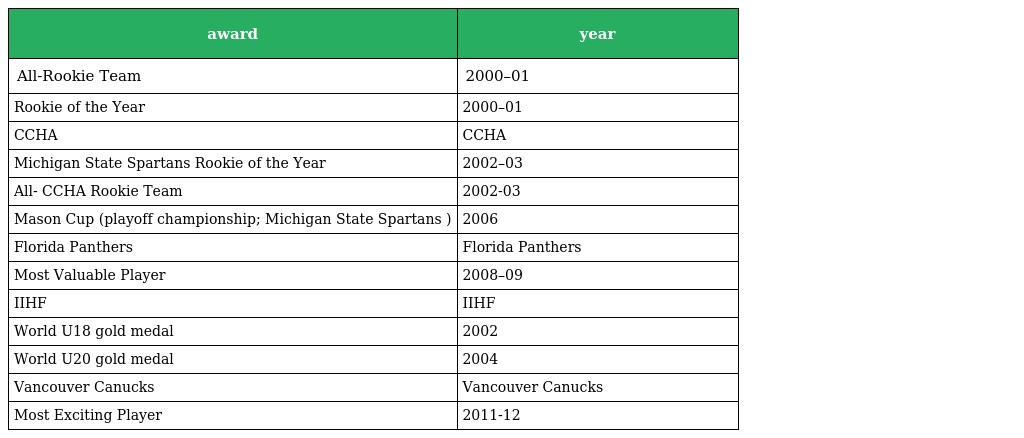
| award | year |
 | --- | --- |
 | All-Rookie Team | 2000–01 |
 | Rookie of the Year | 2000–01 |
 | CCHA | CCHA |
 | Michigan State Spartans Rookie of the Year | 2002–03 |
 | All- CCHA Rookie Team | 2002-03 |
 | Mason Cup (playoff championship; Michigan State Spartans ) | 2006 |
 | Florida Panthers | Florida Panthers |
 | Most Valuable Player | 2008–09 |
 | IIHF | IIHF |
 | World U18 gold medal | 2002 |
 | World U20 gold medal | 2004 |
 | Vancouver Canucks | Vancouver Canucks |
 | Most Exciting Player | 2011-12 |